Indian journal of veterinary science and animal husbandry - Volume 7,
Year: 1937
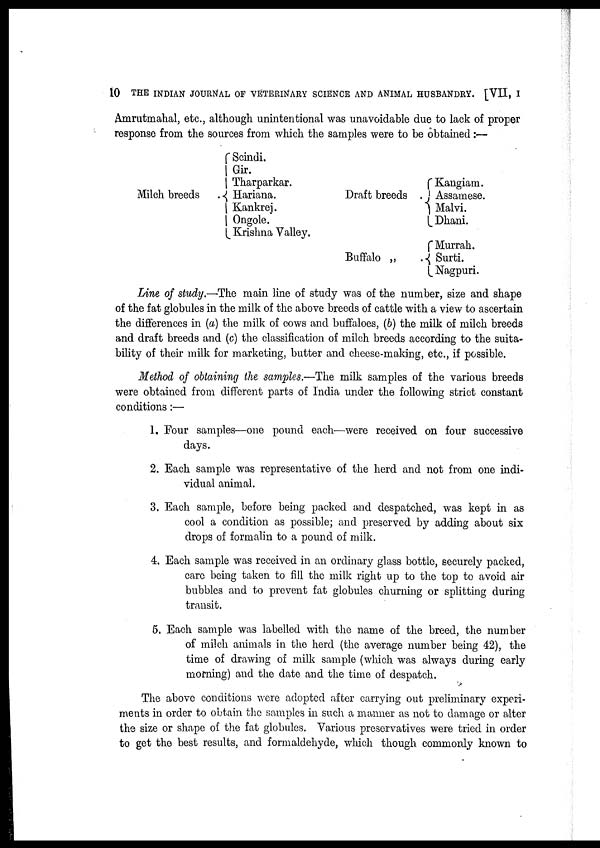
10 THE INDIAN JOURNAL OF VETERINARY SCIENCE AND ANIMAL HUSBANDRY. [VII, I
Amrutmahal, etc., although unintentional was unavoidable due to lack of proper
response from the sources from which the samples were to be obtained:—
Milch breeds
Scindi.
Gir.
Tharparkar.
{ Hariana.
Kankrej.
Ongole.
Krishna Valley.
Draft breeds
Kangiam.
Assamese.
Malvi.
Dhani.
Buffalo „
Murrah.
{ Surti.
Nagpuri.
Line of study.—-The main line of study was of the number, size and shape
of the fat globules in the milk of the above breeds of cattle with a view to ascertain
the differences in (a) the milk of cows and buffaloes, (b) the milk of milch breeds
and draft breeds and (c) the classification of milch breeds according to the suita-
bility of their milk for marketing, butter and cheese-making, etc., if possible.
Method of obtaining the samples.—The milk samples of the various breeds
were obtained from different parts of India under the following strict constant
conditions:—
1. Four samples—one pound each—were received on four successive
days.
2. Each sample was representative of the herd and not from one indi-
vidual animal.
3. Each sample, before being packed and despatched, was kept in as
cool a condition as possible; and preserved by adding about six
drops of formalin to a pound of milk.
4. Each sample was received in an ordinary glass bottle, securely packed,
care being taken to fill the milk right up to the top to avoid air
bubbles and to prevent fat globules churning or splitting during
transit.
5. Each sample was labelled with the name of the breed, the number
of milch animals in the herd (the average number being 42), the
time of drawing of milk sample (which was always during early
morning) and the date and the time of despatch.
The above conditions were adopted after carrying out preliminary experi-
ments in order to obtain the samples in such a manner as not to damage or alter
the size or shape of the fat globules. Various preservatives were tried in order
to get the best results, and formaldehyde, which though commonly known to